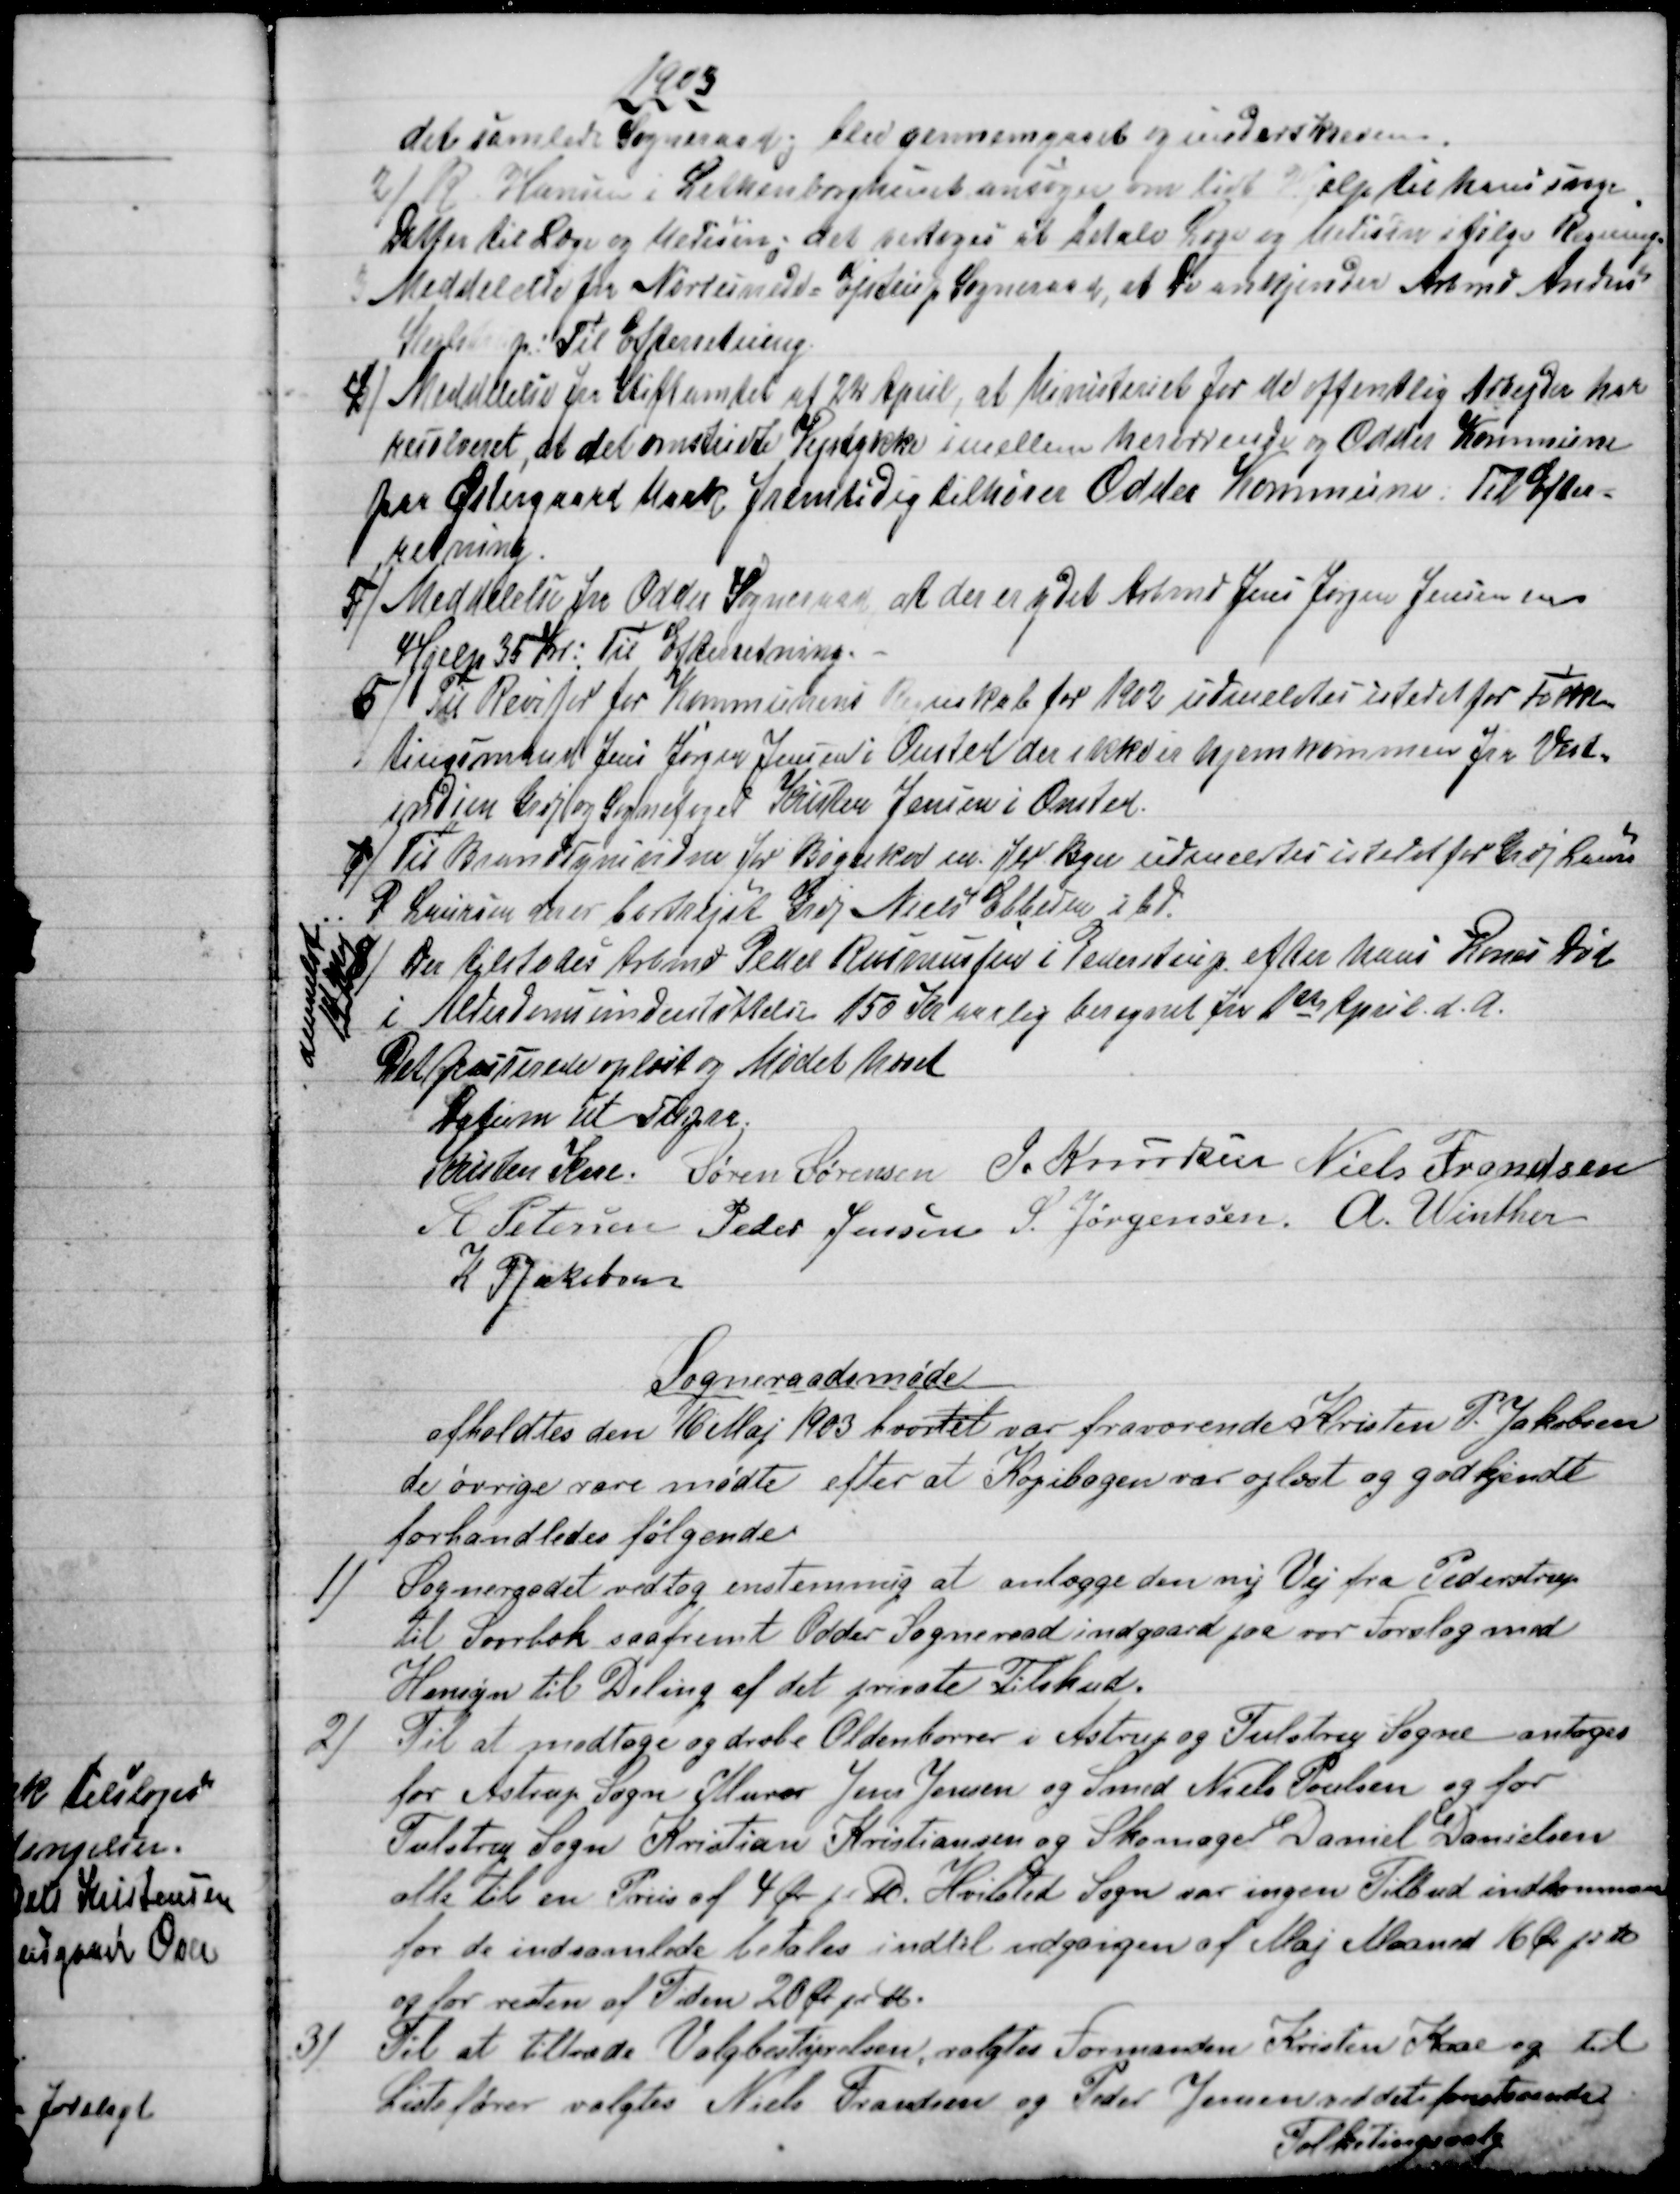
Transskription:
1903
det samlede Sogneraad og blev gennemgaaet og underskreven.
2)
R. Hansen i Lethenborghuset ansøger om lidt Hjelp til hans svage 
Datter til Læge og Medicin; det vedtoges at betale Læge og Medicin ifølge Regning.
3 Meddelelse fra Nordsminde Ejstrup Sogneraad, at De anerkjender Arbmd Anders
Kejlstrup: Til Efterretning
4) 
Meddelelse fra Stiftamtet af 22 April, at Ministeriet for de offentlig Arbejder har
resolveret, at det omstridte Vejstykke imellem herværende og Odder Kommune
paa Østergaard Mark fremtidig tilhører Odder Kommune. Til Efter-
retning.
5)
Meddelelse fra Odder Sogneraad at der er ydet Arbmd Jens Jørgen Jensen en
Hjelp 35 Kr: Til Efterretning.
6) 
Til Revisor for Kommunens Regnskab for 1902 udmeldtes istedet for Folke-
tingsmand Jens Jørgen Jensen i Onsted der ikke er hjemkommen fra Vest=
indien Grdj og Sognefoged Kristen Jensen i Onsted.
7)
Til Brandsynsvidne for Bøgeskov m. flr Byer udnævntes istedet for Grdj. Laurs
P Laursen der er bortrejst Grdj Niels Ebbesen ibd.
8) 
Der tilstodes Arbmd Peder Rasmussen i Pederstrup efter hans Kones Død
i Understøttelse 150 Kr aarlig beregnet fra 1ste April d.A.
anmeldt
14 Maj
Det passerede oplæst og Mødet hævet
Datum ut supra
Kristen Kaae. Søren Sørensen J. Knudsen Niels Frandsen
A Petersen Peder Jensen S. Jørgensen. A. Winther
K P Jakobsen
Sogneraadsmøde
afholdtes den 16 Maj 1903 hvortil var fraværende Kristen P. Jakobsen
de øvrige vare mødte efter at Kopibogen var oplæst og godkjendt
forhandledes følgende:
1) 
Sogneraadet vedtog enstemmig at anlægge den ny Vej fra Pederstrup
til Svorbæk saafremt Odder Sogneraad indgaard paa vor Forslag med
Hensyn til Deling af det private Tilskud.
2) 
Til at modtage og dræbe Oldenborrer i Astrup og Tulstrup Sogne antoges
for Astrup Sogn Murer Jens Jensen og Smed Niels Poulsen og for
Tulstrup Sogn Kristian Kristiansen og Skomager Daniel Danielsen
alle til en Priis af 4 Øre pr ℔. Hvilsted Sogn var ingen Tilbud indkommen
for de indsamlede betales indtil udgangen af Maj Maaned 16 Øre pr. ℔
og for resten af Tiden 20 Øre pr ℔.
3)
Til at tiltræde Valgbestyrelsen, valgtes Formanden Kristen Kaae og til
Listefører valgtes Niels Frandsen og Peder Jensen ved det forestaaende
Folketingsvalg.